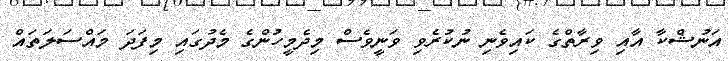
އަނުޝްކާ އާއި ވިރާތްގެ ކައިވެނި ނުކުރެވި ވަނީވެސް މިދެމީހުންގެ މެދުގައި މިފަދަ މައްސަލަތައް